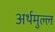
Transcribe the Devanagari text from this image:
अर्थमुल्ल